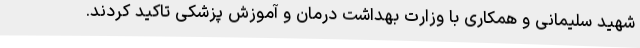
شهید سلیمانی و همکاری با وزارت بهداشت درمان و آموزش پزشکی تاکید کردند.